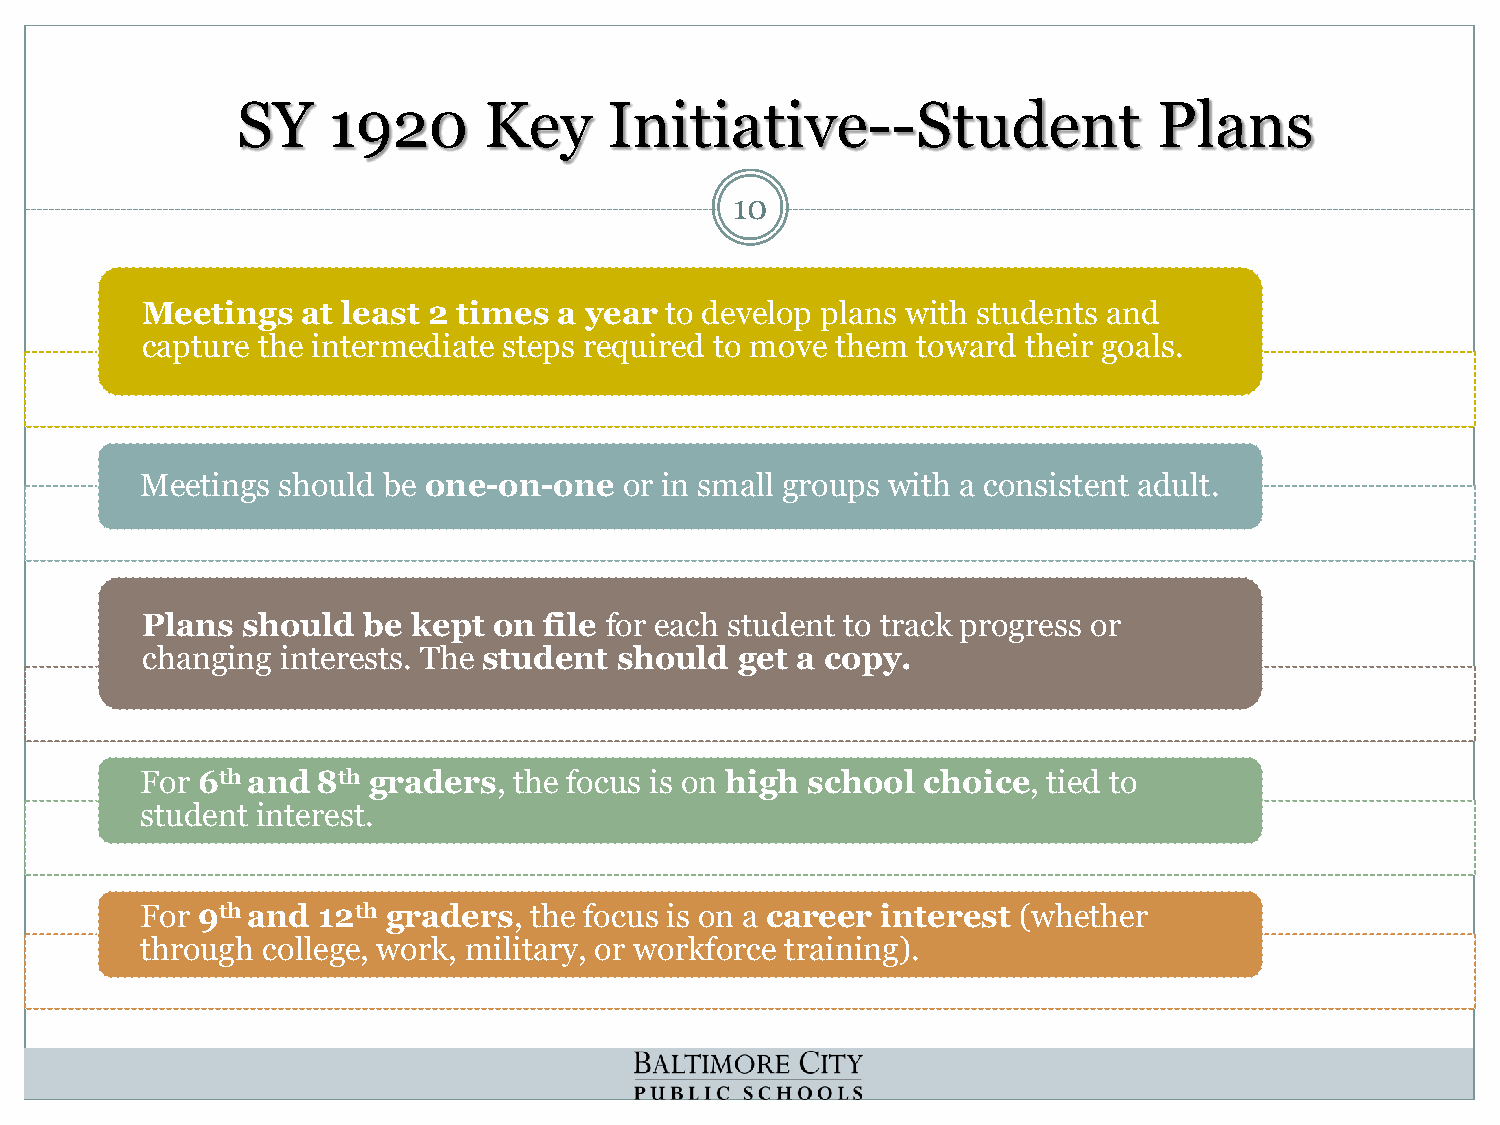
SY    1920      Key     Initiative--Student                  Plans
 10
 Meetings   at least 2 times a year to develop plans with students and
 capture the intermediate steps required to move them toward their goals.
 Meetings should be one-on-one   or in small groups with a consistent adult.
 Plans  should  be kept  on file for each student to track progress or
 changing  interests. The student should get a copy.
 For 6th and8th graders,  the focus is on high school choice, tied to
 student interest.
 For 9th and 12th graders, the focus is on a career interest (whether
 through college, work, military, or workforce training).